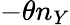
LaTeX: -\theta n_{Y}